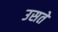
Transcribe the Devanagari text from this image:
उसते